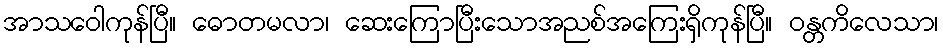
အာသဝေါကုန်ပြီ။ ဓောတမလာ၊ ဆေးကြောပြီးသောအညစ်အကြေးရှိကုန်ပြီ။ ဝန္တကိလေသာ၊